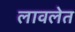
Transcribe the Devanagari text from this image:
लावलेत